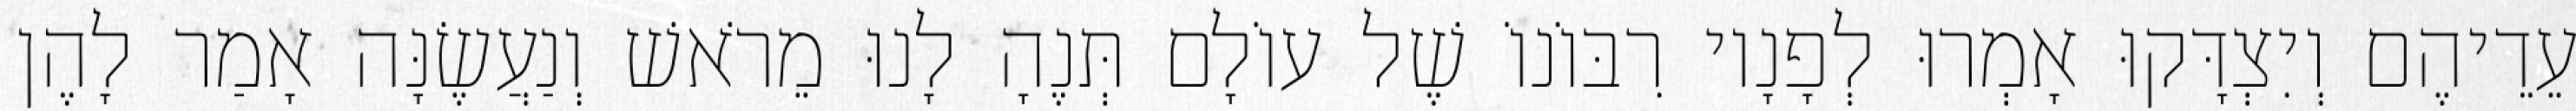
עֵדֵיהֶם וְיִצְדָּקוּ אָמְרוּ לְפָנָיו רִבּוֹנוֹ שֶׁל עוֹלָם תְּנֶהָ לָנוּ מֵרֹאשׁ וְנַעֲשֶׂנָּה אָמַר לָהֶן